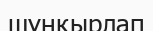
шұңқырлап